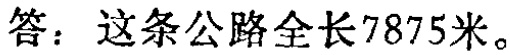
答：这条公路全长7875米。